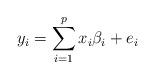
LaTeX: \begin{align*}y_i = \sum_{i=1}^{p}x_i\beta_i + e_i\end{align*}